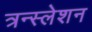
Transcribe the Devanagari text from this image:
त्रन्स्लेशन